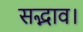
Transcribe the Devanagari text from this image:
सद्भाव।